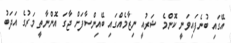
އޭގައި ބުނެފައިވަނީ ކޮންމެ ޝަރުއީ ނިޒާމެއްގައި ބޭއިންސާފަށް ޖާގަ އޮންނާތީ މަރުގެ އަދަބު